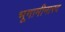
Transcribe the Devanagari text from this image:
भूगामीनारद